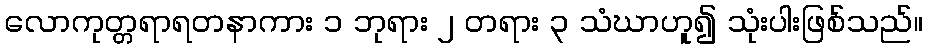
လောကုတ္တရာရတနာကား ၁ ဘုရား ၂ တရား ၃ သံဃာဟူ၍ သုံးပါးဖြစ်သည်။